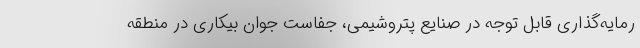
رمایه‌گذاری قابل توجه در صنایع پتروشیمی، جفاست جوان بیکاری در منطقه